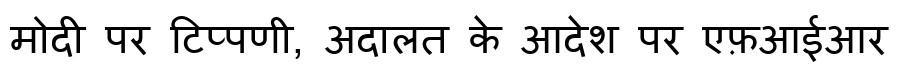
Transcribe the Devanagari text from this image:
मोदी पर टिप्पणी, अदालत के आदेश पर एफ़आईआर